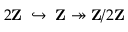
2 \mathbf { Z } \; \; { \hookrightarrow } \; \; \mathbf { Z } \twoheadrightarrow \mathbf { Z } / 2 \mathbf { Z }